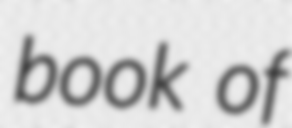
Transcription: book of